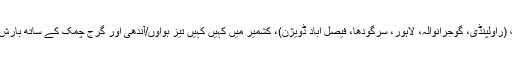
سوموار سے جمعرات کے دوران: اسلام آباد، بالائی پنجاب (راولپنڈی، گوجرانوالہ، لاہور، سرگودھا، فیصل آباد ڈویژن)، کشمیر میں کہیں کہیں تیز ہواوٗں/آندھی اور گرج چمک کے ساتھ بارش اور بعض مقامات پر موسلادھار بارش کا بھی امکان ہے۔